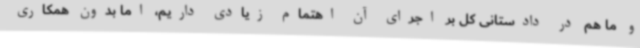
و ما هم در دادستانی کل بر اجرای آن اهتمام زیادی داریم، اما بدون همکاری